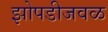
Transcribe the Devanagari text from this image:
झोपडीजवळ